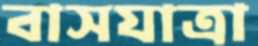
বাসযাত্রা